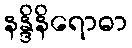
နန္ဒိနိရောဓာ